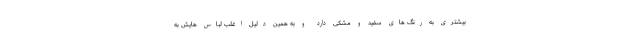
بیشتری به رنگ های سفید و مشکی دارد و به همین دلیل اغلب لباس هایش به